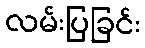
လမ်းပြခြင်း